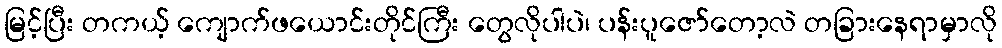
မြင့်ပြီး တကယ့် ကျောက်ဖယောင်းတိုင်ကြီး တွေလိုပါပဲ၊ ပန်းပူဇော်တော့လဲ တခြားနေရာမှာလို